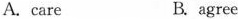
A. care B. agree